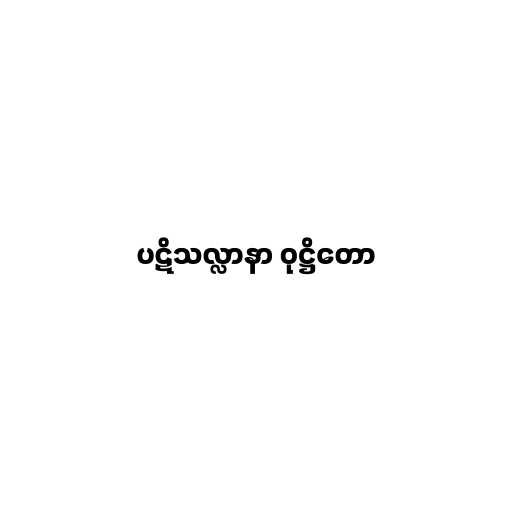
ပဋိသလ္လာနာ ဝုဋ္ဌိတော